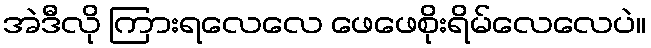
အဲဒီလို ကြားရလေလေ ဖေဖေစိုးရိမ်လေလေပဲ။